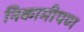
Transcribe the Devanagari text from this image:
निकामीपण